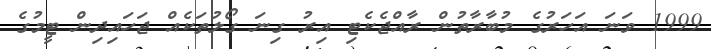
1999 ވަނަ އަހަރުގެ މުބާރާތުން ރާއްޖެކެޓި އިރު ގިނަ ގޯލުތަކެއް ޖަހައިދިން ޓީމުގެ